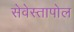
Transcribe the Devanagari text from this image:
सेवेस्तापोल